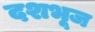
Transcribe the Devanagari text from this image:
दशभूज